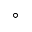
^ \circ